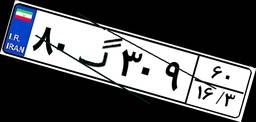
۸۰گ۳۰۹۶۰